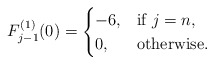
\begin{align*}F_{j-1}^{(1)}(0)=\begin{cases}-6,& \mbox{if}\ j=n,\\0, & \mbox{otherwise}.\end{cases}\end{align*}